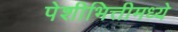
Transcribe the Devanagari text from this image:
पेशीभित्तीमध्ये